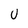
Character: U